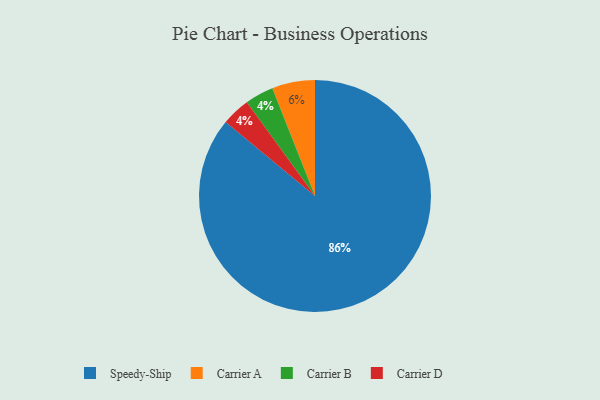
{"axis": {"x": "Category", "y": "Percentage"}, "legend": ["Carrier A", "Carrier B", "Carrier D", "Speedy-Ship"], "data": [{"x": "Carrier B", "y": 4, "type": "Carrier B"}, {"x": "Speedy-Ship", "y": 86, "type": "Speedy-Ship"}, {"x": "Carrier A", "y": 6, "type": "Carrier A"}, {"x": "Carrier D", "y": 4, "type": "Carrier D"}]}